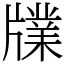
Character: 㸣